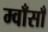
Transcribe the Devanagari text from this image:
म्वाँसाँ